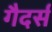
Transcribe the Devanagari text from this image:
गैदर्स